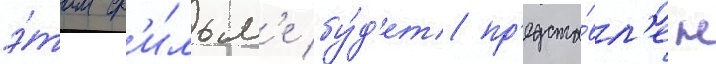
э́том ф'и́льм'е бу́д'ет пр'едста́вл'ен